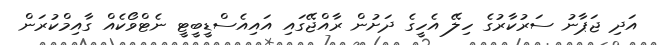
އަދި ޖަޕާނު ސަރުކާރުގެ ހިލޭ އެހީގެ ދަށުން ރާއްޖޭގައި އައިއެސްޑީބީޓީ ނެޓްވޯކެއް ގާއިމްކުރަން